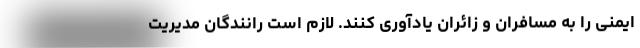
ایمنی را به مسافران و زائران یادآوری کنند. لازم است رانندگان مدیریت